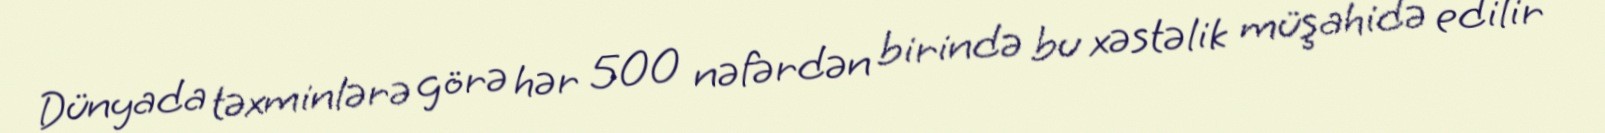
Dünyada təxminlərə görə hər 500 nəfərdən birində bu xəstəlik müşahidə edilir